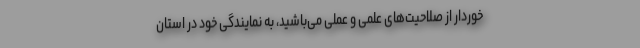
خوردار از صلاحیت‌های علمی و عملی می‌باشید، به نمایندگی خود در استان